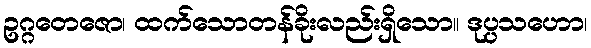
ဥဂ္ဂတေဇော၊ ထက်သောတန်ခိုးလည်းရှိသော။ ဒုပ္ပသဟော၊